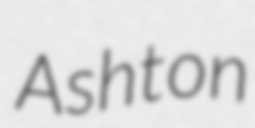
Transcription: Ashton